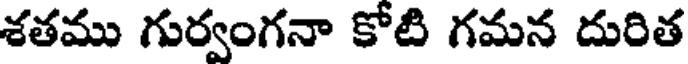
శతము గుర్వంగనా కోటి గమన దురిత